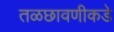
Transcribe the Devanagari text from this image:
तळछावणीकडे